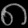
Digit: ၈